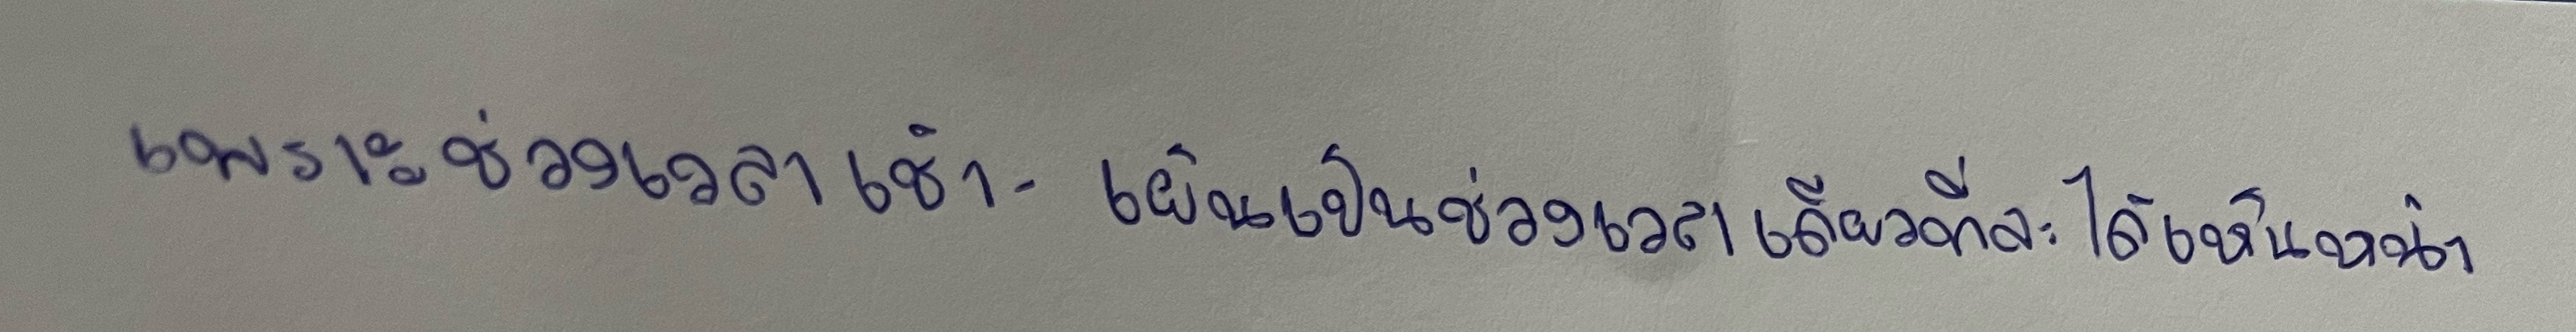
เพราะช่วงเวลาเช้า-เย็นเป็นช่วงเวลาเดียวที่จะได้เห็นหน้า